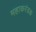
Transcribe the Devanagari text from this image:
महाकरंडक